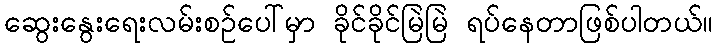
ဆွေးနွေးရေးလမ်းစဉ်ပေါ်မှာ ခိုင်ခိုင်မြဲမြဲ ရပ်နေတာဖြစ်ပါတယ်။